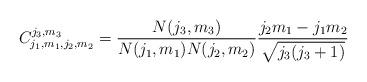
LaTeX: \begin{align*}C_{j_{1},m_{1},j_{2},m_{2}}^{j_{3},m_3} =\frac{N(j_{3},m_{3})}{ N(j_{1},m_{1}) N(j_{2},m_{2}) }\frac{j_{2} m_{1} - j_{1} m_{2} }{\sqrt{j_3(j_3 +1)} }\end{align*}